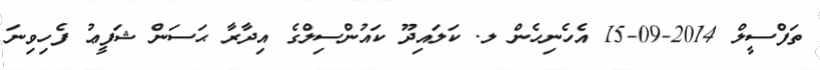
ތަފްސީލް 2014-09-15 އެހެނިހެން ލ. ކަލައިދޫ ކައުންސިލްގެ އިދާރާ ޙަސަން ޝަފީޢު ފެހިވިނަ